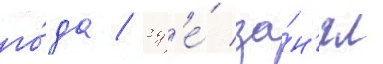
го́да / гд'е́ за́н'ял